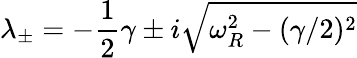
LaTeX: \lambda_{\pm}=-\frac{1}{2}\gamma\pm i\sqrt{\omega_{R}^{2}-(\gamma/2)^{2}}